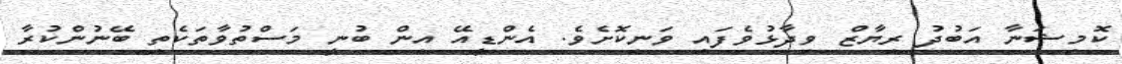
ކޮމިޝަނާ އަބުދު ރިޔާޒް ވިދާޅުވެފައި ވަނިކޮށެވެ. އެންޑީއޭ އިން ބުނީ މަސްތުވާތަކެތި ބޭނުންކުރާ